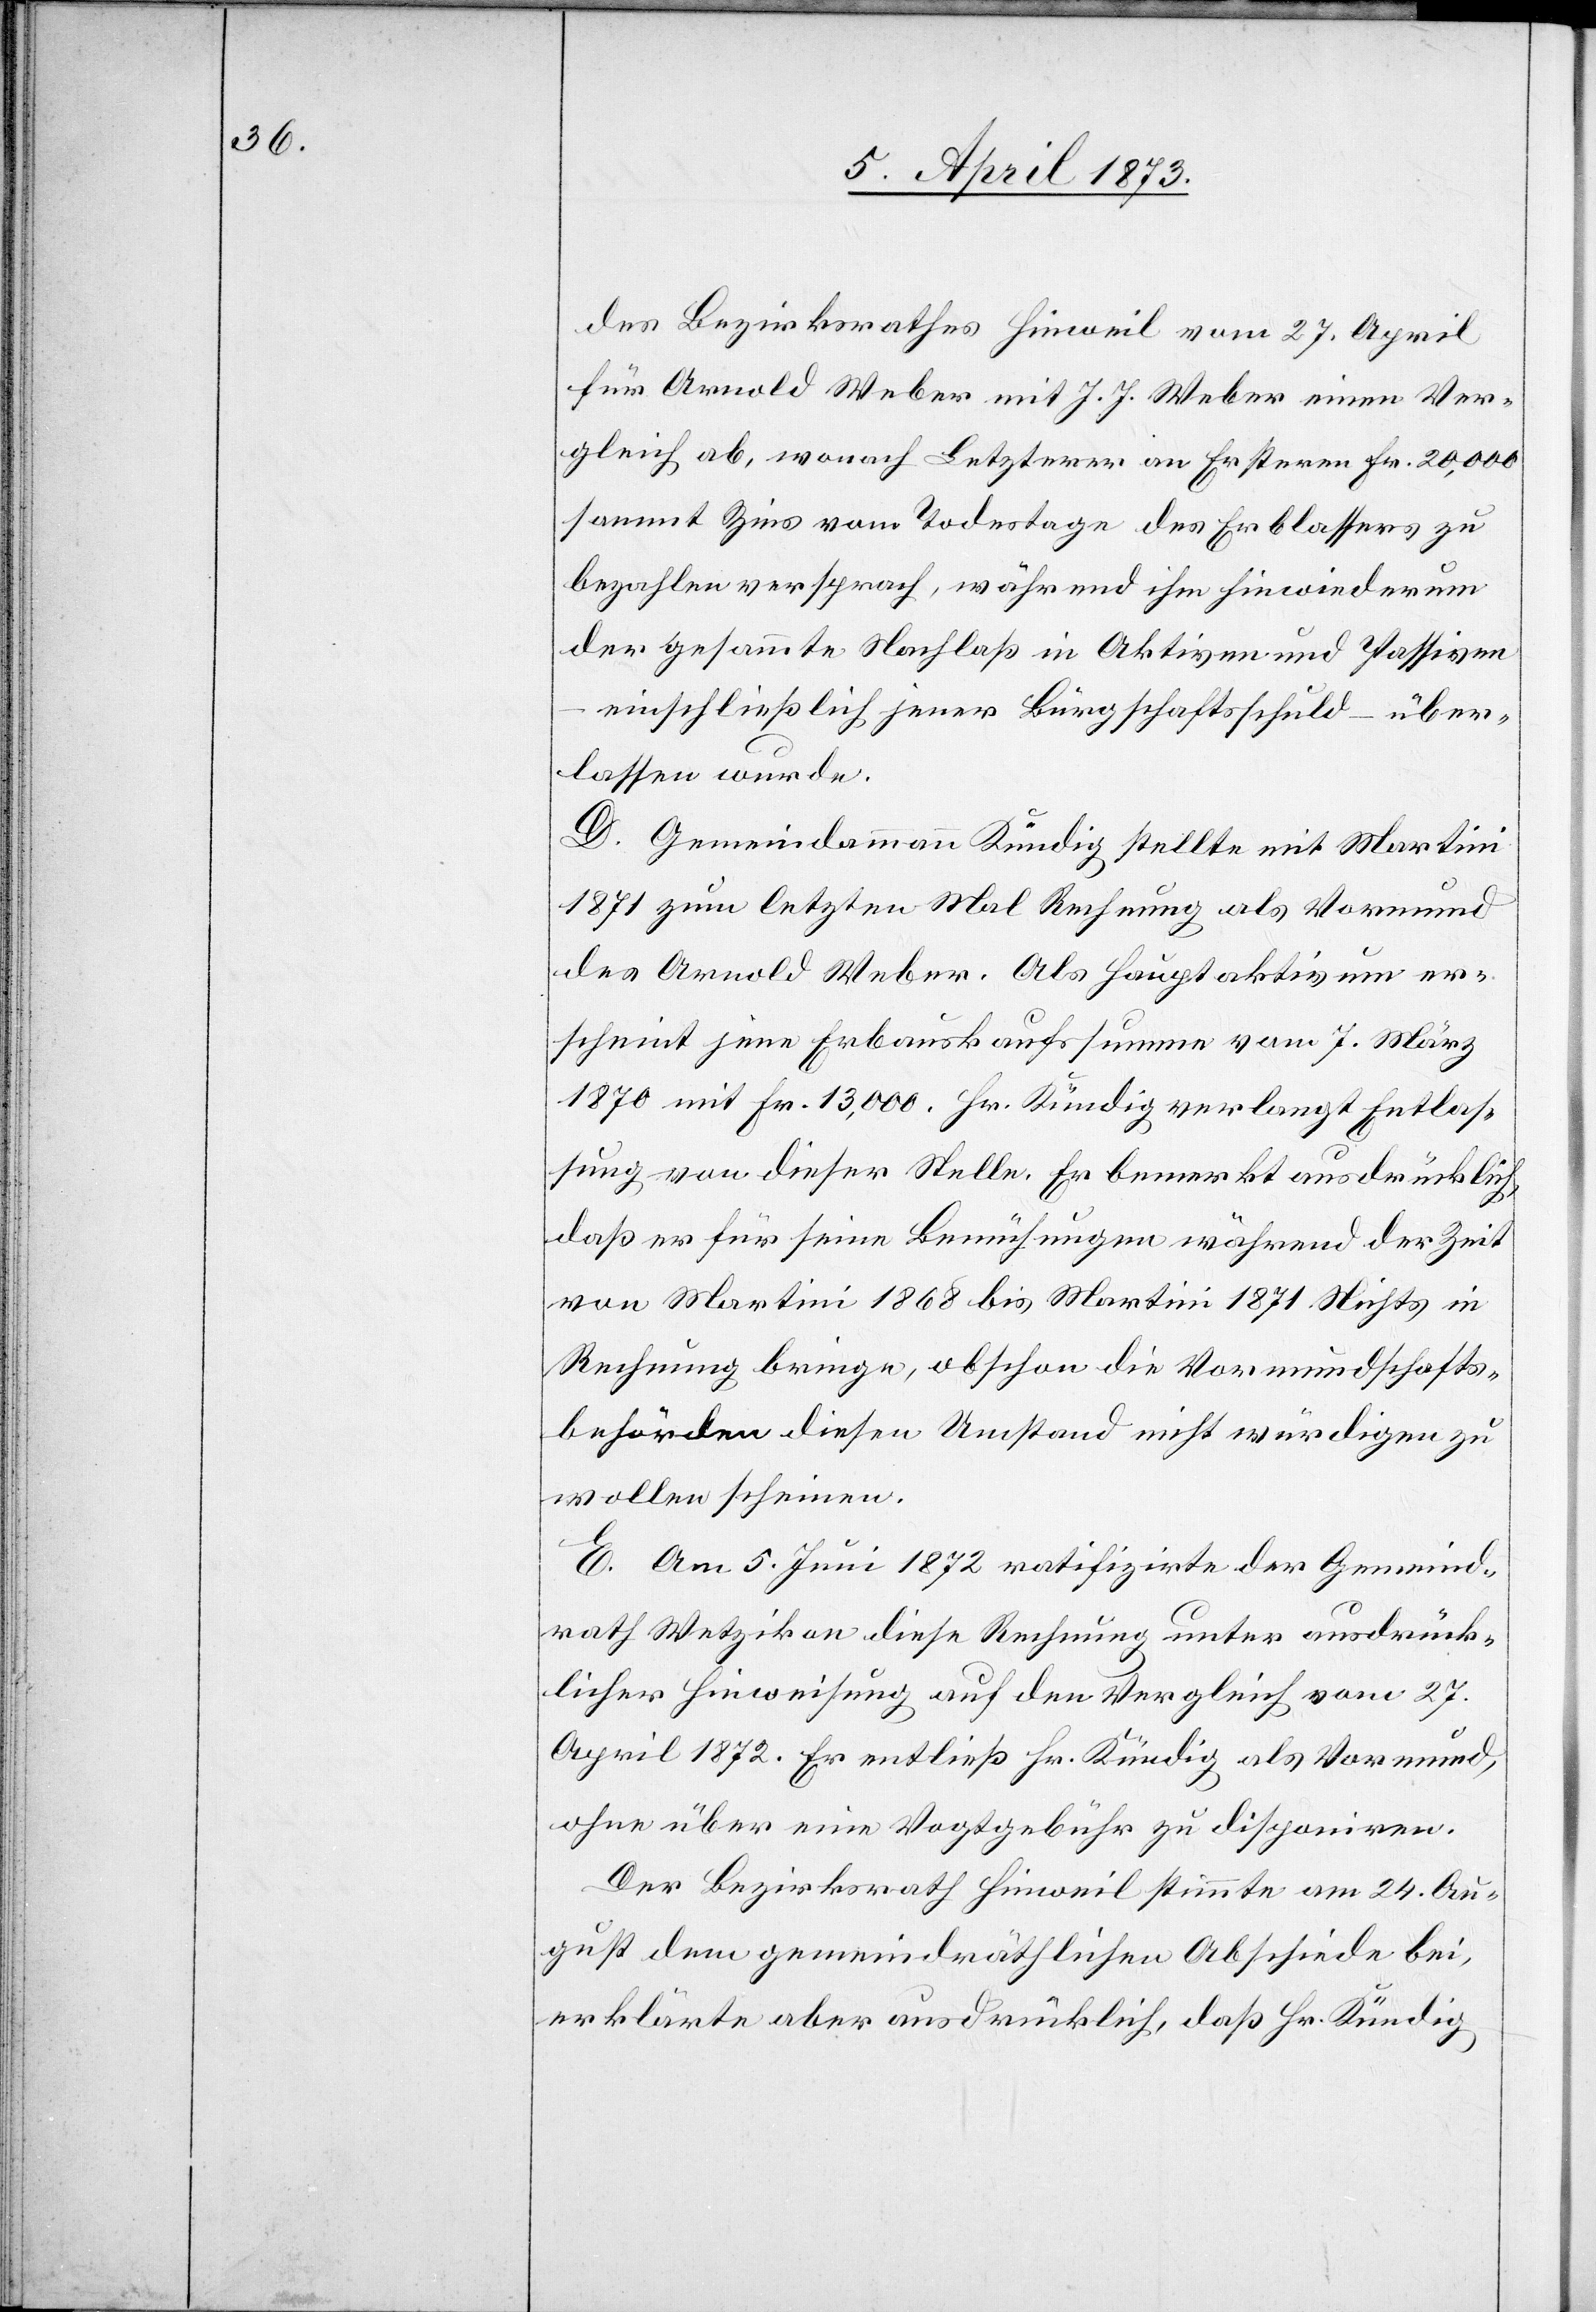
des Bezirksrathes Hinweil vom 27. April
für Arnold Weber mit J. J. Weber einen Ver¬
gleich ab, wonach Letzterer an Ersteren Fr. 20,000
sammt Zins vom Todestage des Erblassers zu
bezahlen versprach, während ihm hinwiederum
der gesammte Nachlaß in Aktiven und Passiven
einschließlich jener Bürgschaftsschuld – über¬
lassen wurde.
D. Gemeindammann Kündig stellte mit Martini
1871 zum letzten Mal Rechnung als Vormund
des Arnold Weber. Als Hauptaktivum er¬
scheint jene Erbauskaufssumme vom 7. März
1870 mit Fr. 13,000. Hr. Kündig verlangt Entlas¬
sung von dieser Stelle. Er bemerkt ausdrücklich,
daß er für seine Bemühungen während der Zeit
von Martini 1868 bis Martini 1871 Nichts in
Rechnung bringe, obschon die Vormundschafts¬
behörden diesen Umstand nicht würdigen zu
wollen scheinen.
E. Am 5. Juni 1872 ratifizirte der Gemeind¬
rath Wetzikon diese Rechnung unter ausdrück¬
licher Hinweisung auf den Vergleich vom 27.
April 1872. Er entließ Hr. Kündig als Vormund,
ohne über eine Vogtgebühr zu disponiren.
Der Bezirksrath Hinweil stimmte am 24. Au¬
gust dem gemeindräthlichen Abschiede bei,
erklärte aber ausdrücklich, daß Hr. Kündig